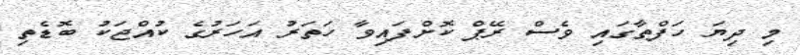
މި ދިޔަ ހަފްތާގައި ވެސް ރޭޕް ކޮށްފައިވާ ހަތަރު އަހަރުގެ ކުއްޖަކު ބޮޑެތި